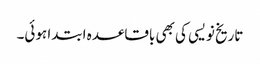
تاریخ نویسی کی بھی باقاعدہ ابتدا ہوئی۔